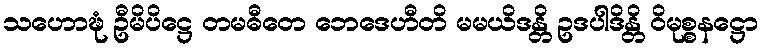
သဟောဍ္ဎံ ဦမိပိဋ္ဌေ တမဓီတေ ဘေဒေဟီတိ မမယိဒန္တိ ဥဒပါဒိန္တိ ဝိမုစ္စနဋ္ဌော